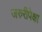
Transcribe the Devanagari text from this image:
जरुरीपेक्षा